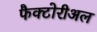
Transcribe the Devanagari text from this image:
फैक्टोरीअल